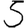
Digit: 5